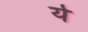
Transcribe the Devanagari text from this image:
र्य